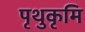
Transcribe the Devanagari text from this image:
पृथुकृमि